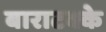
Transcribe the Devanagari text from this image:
बाराटक्के